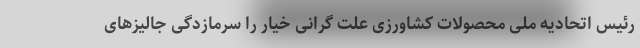
رئیس اتحادیه ملی محصولات کشاورزی علت گرانی خیار را سرمازدگی جالیزهای